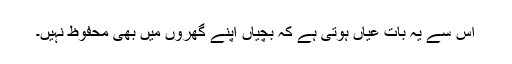
اس سے یہ بات عیاں ہوتی ہے کہ بچیاں اپنے گھروں میں بھی محفوظ نہیں۔